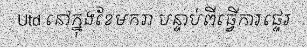
Utd នៅក្នុងខែមករា បន្ទាប់ពីធ្វើការផ្ទេរ